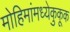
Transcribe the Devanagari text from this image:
मोहिमांमध्येकुकूक